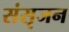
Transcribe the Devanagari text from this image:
संसृजन